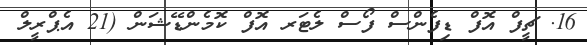
16. ޗީފް އޮފް ޑިފެންސް ފޯސް ލެޓަރ އޮފް ކޮމެންޑޭޝަން (21 އެޕްރީލް